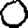
Digit: 0